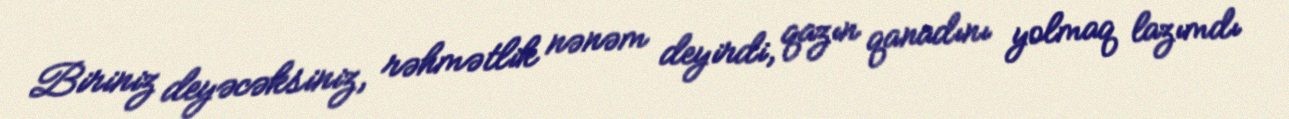
Biriniz deyəcəksiniz, rəhmətlik nənəm deyirdi, qazın qanadını yolmaq lazımdı